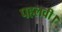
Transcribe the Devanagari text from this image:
पहलवी।